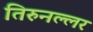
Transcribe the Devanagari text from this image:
तिरुनल्लर